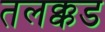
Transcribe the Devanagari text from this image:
तलक्कड